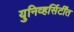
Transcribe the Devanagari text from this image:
युनिव्हर्सिर्टींत